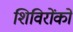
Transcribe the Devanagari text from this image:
शिविरोंको